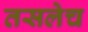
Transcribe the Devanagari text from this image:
तसलेच